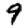
Digit: 9